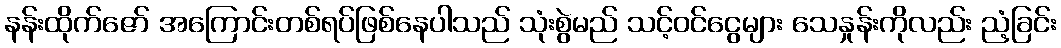
နန်းထိုက်ဇော် အကြောင်းတစ်ရပ်ဖြစ်နေပါသည် သုံးစွဲမည် သင့်ဝင်ငွေများ သေနှုန်းကိုလည်း ညံ့ခြင်း